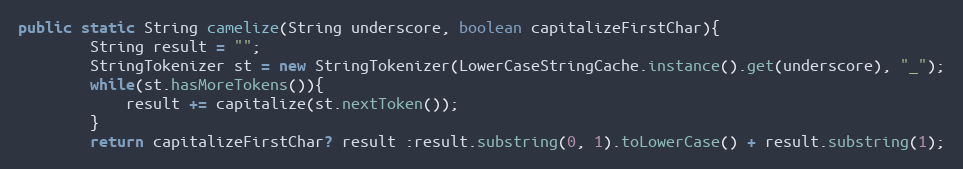
Language: Java
public static String camelize(String underscore, boolean capitalizeFirstChar){
        String result = "";
        StringTokenizer st = new StringTokenizer(LowerCaseStringCache.instance().get(underscore), "_");
        while(st.hasMoreTokens()){
            result += capitalize(st.nextToken());
        }
        return capitalizeFirstChar? result :result.substring(0, 1).toLowerCase() + result.substring(1);